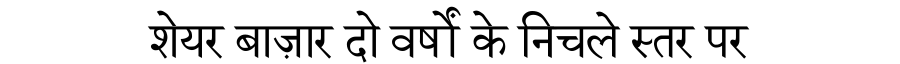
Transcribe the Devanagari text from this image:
शेयर बाज़ार दो वर्षों के निचले स्तर पर